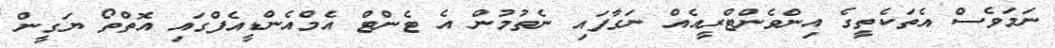
ނަމަވެސް އެތަކެތީގެ އިންވެންޓްރީއެއް ނަގާފައި ނެތުމުން އެ ޓެންޓް އެމްއެންޑީއެފްގައި އޮތްތޯ ޔަގީން